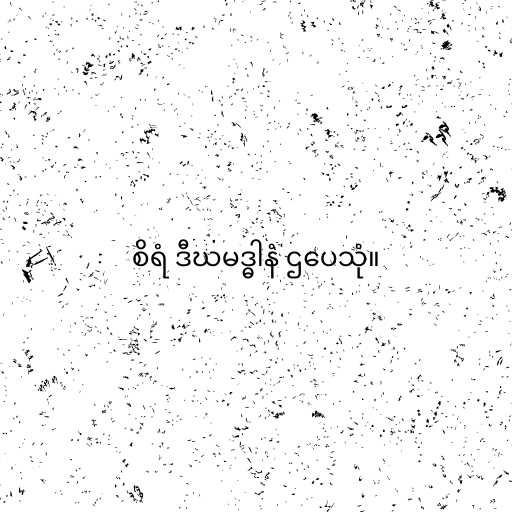
စိရံ ဒီဃမဒ္ဓါနံ ဌပေသုံ။